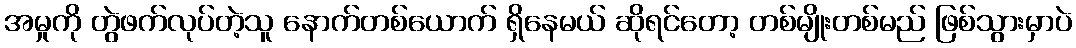
အမှုကို တွဲဖက်လုပ်တဲ့သူ နောက်တစ်ယောက် ရှိနေမယ် ဆိုရင်တော့ တစ်မျိုးတစ်မည် ဖြစ်သွားမှာပဲ